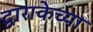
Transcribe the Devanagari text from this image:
द्वाराकेच्या